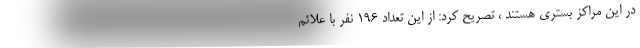
در این مراکز بستری هستند ، تصریح کرد: از این تعداد ۱۹۶ نفر با علائم